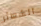
الشعائر